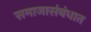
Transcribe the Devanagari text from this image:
समाजासंबंधात